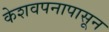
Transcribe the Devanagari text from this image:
केशवपनापासून